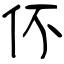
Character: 伓